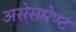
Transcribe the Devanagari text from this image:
असेसमेण्ट